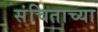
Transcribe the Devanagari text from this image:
संचिताच्या